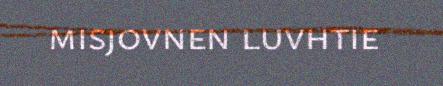
misjovnen luvhtie